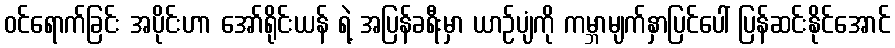
ဝင်ရောက်ခြင်း အပိုင်းဟာ အော်ရိုင်းယန် ရဲ့ အပြန်ခရီးမှာ ယာဉ်ပျံကို ကမ္ဘာမျက်နှာပြင်ပေါ် ပြန်ဆင်းနိုင်အောင်